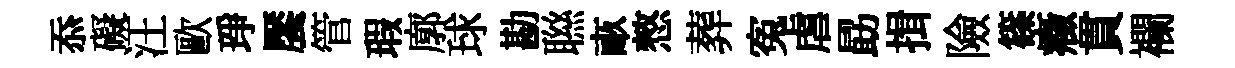
忝礙汪歐琤饜管瑕廓球勘聮畞憗葬寃虐勗揖險篠癥貫襴